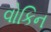
વોકિન